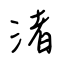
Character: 渚